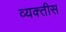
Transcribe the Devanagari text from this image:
व्यक्‍तीस